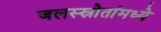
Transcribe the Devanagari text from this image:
जलस्स्रोतांमध्ये